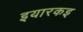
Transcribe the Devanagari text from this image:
इयारकइ